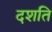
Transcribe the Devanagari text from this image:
दशति